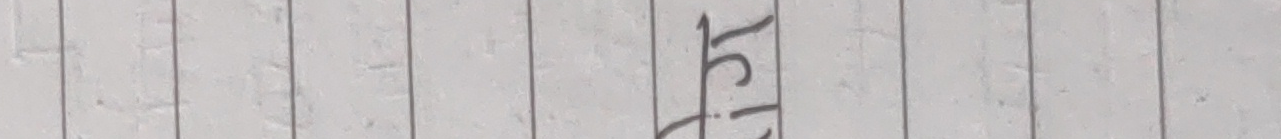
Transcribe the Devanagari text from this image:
तैले